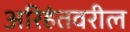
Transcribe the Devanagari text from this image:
अरिहंतवरील